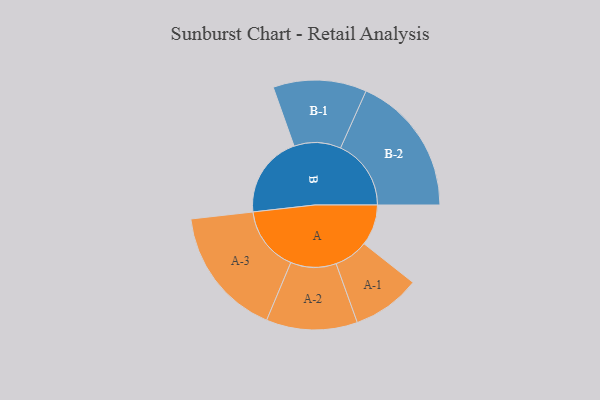
{"axis": {"x": "Segment", "y": "Value"}, "legend": ["", "A", "B"], "data": [{"x": "A", "y": 143, "type": ""}, {"x": "B", "y": 287, "type": ""}, {"x": "A-1", "y": 119, "type": "A"}, {"x": "A-2", "y": 159, "type": "A"}, {"x": "A-3", "y": 227, "type": "A"}, {"x": "B-1", "y": 163, "type": "B"}, {"x": "B-2", "y": 246, "type": "B"}]}